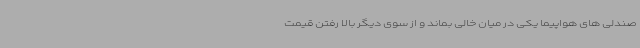
صندلی های هواپیما یکی در میان خالی بماند و از سوی دیگر بالا رفتن قیمت